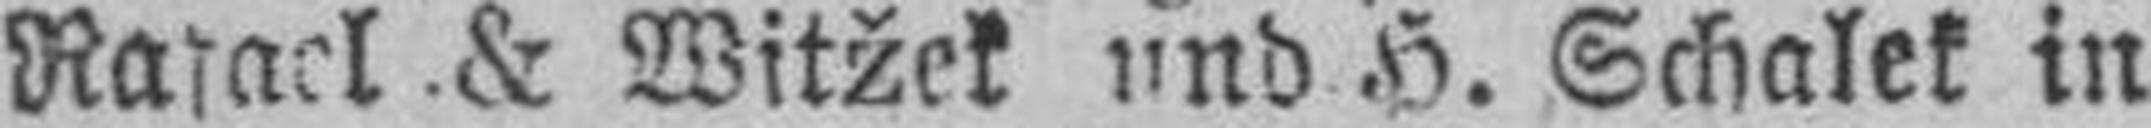
Rarael & Witžek und H. Schalek in